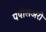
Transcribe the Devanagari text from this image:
पपीलअरी